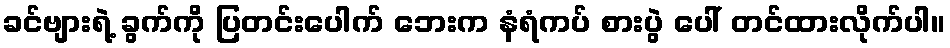
ခင်ဗျားရဲ့ ခွက်ကို ပြတင်းပေါက် ဘေးက နံရံကပ် စားပွဲ ပေါ် တင်ထားလိုက်ပါ။